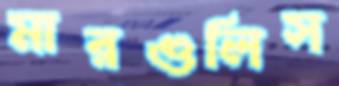
মারগুলিস